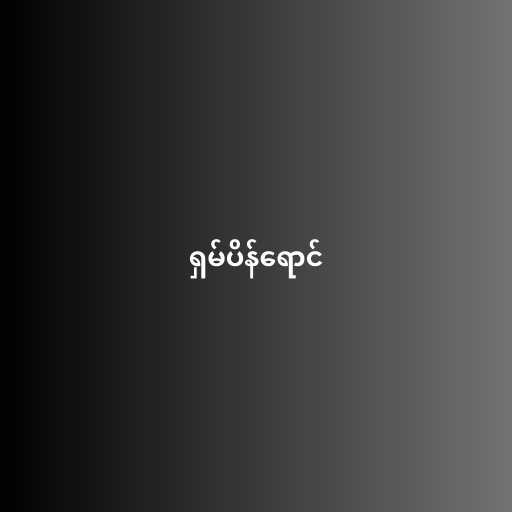
ရှမ်ပိန်ရောင်